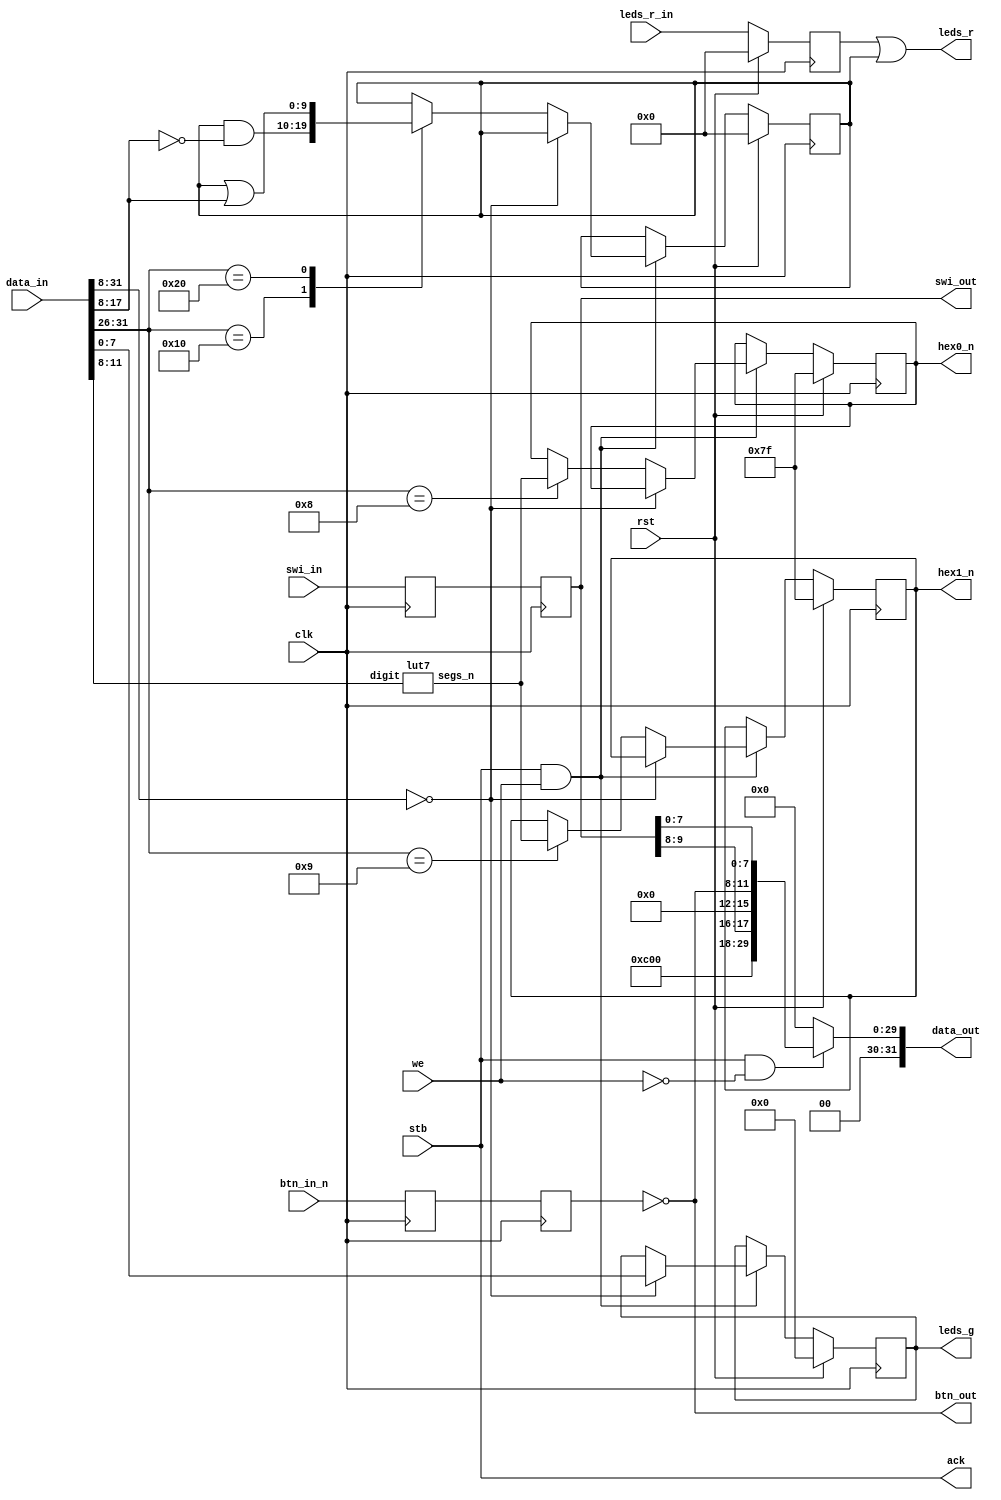
/**
  LSB: LEDs, Switches, Buttons
  Generously, we subsume the 7-segment displays under LEDs. :)
  --
  Architecture: ANY
  Board: CV-SK
  --
  * Red LEDs can also be operated by direct hardware input signals.
  * From software, red LEDs use "toggle" mechanism for on/off
  * 7-segment displays (2 + 2, from left to right)
  --
  data_in [31:0]:
    [7:0]: green LEDs
    [17:8]: red LEDs, or 7-segment display value
    [29:26]: 7-segment display selector (data as data_in[11:8])
    [31:30]: red LEDs toggle (data as data_in[17:8])
  --
  (c) 2023 Gray, gray@grayraven.org
  https://oberon-rts.org/licences
**/

`timescale 1ns / 1ps
`default_nettype none

module lsb_s #(parameter board = 4'd3) ( // board identifier
  // internal interface
  input clk,
  input rst,
  input stb,
  input we,
  input [31:0] data_in,
  input [9:0] leds_r_in,   // can only be clock-synchronised source
  output [31:0] data_out,
  output ack,
  // external interface,
  input [3:0] btn_in_n,
  input [9:0] swi_in,
  output [9:0] leds_r,
  output reg [7:0] leds_g,
  output reg [6:0] hex1_n,
  output reg [6:0] hex0_n,
  output [3:0] btn_out,
  output [9:0] swi_out
);

  wire wr_data = stb & we;
  wire rd_data = stb & ~we;

  // control data in data_in
  // for red LEDs and 7-segments
  wire [5:0] ctrl = data_in[31:26];

  // 7-segment encoder out
  wire [6:0] segs_n;

  // clock synchronisers
  reg [3:0] btn_0_n;
  reg [3:0] btn_1_n;
  reg [9:0] swi_0;
  reg [9:0] swi_1;

  // red LEDs controls
  // OR-ed, see below
  reg [9:0] leds_r_s;  // direct hw signal
  reg [9:0] leds_r_d;  // via data

  // 7-segment LUT
  lut7 lut7_0 (
    .digit(data_in[11:8]),
    .segs_n(segs_n[6:0])
  );

  always @(posedge clk) begin
    if (rst) begin
      leds_r_s[9:0] <= 10'h0;
      leds_r_d[9:0] <= 10'h0;
      leds_g[7:0] <= 8'h0;
      hex1_n[6:0] <= ~7'h0;
      hex0_n[6:0] <= ~7'h0;
    end
    else begin
      leds_r_s[9:0] <= leds_r_in[9:0];
      if (wr_data) begin
        if (data_in[31:8] == 24'b0) begin
          leds_g[7:0] <= data_in[7:0];
        end
        else begin
          case (ctrl[5:0])
            6'b010000: leds_r_d[9:0] <= leds_r_d[9:0] & ~data_in[17:8];   // off
            6'b100000: leds_r_d[9:0] <= leds_r_d[9:0] | data_in[17:8];    // on
            6'b001000: hex0_n[6:0] <= segs_n[6:0];
            6'b001001: hex1_n[6:0] <= segs_n[6:0];
          endcase
        end
      end
    end
  end

  // sync buttons and switches
  always @(posedge clk) begin
    btn_0_n[3:0] <= btn_in_n[3:0];
    btn_1_n[3:0] <= btn_0_n[3:0];
    swi_0[9:0] <= swi_in[9:0];
    swi_1[9:0] <= swi_0[9:0];
  end

  // output assignments
  assign btn_out[3:0] = ~btn_1_n[3:0];
  assign swi_out[9:0] = swi_1[9:0];

  assign leds_r[9:0] = leds_r_s[9:0] | leds_r_d[9:0];

  assign data_out[31:0] =
    rd_data ? {board[3:0], 10'b0, swi_out[9:8], 4'b0, btn_out[3:0], swi_out[7:0]} :
    32'b0;

  assign ack = stb;

endmodule

module lut7 (
  input wire [3:0] digit,
  output reg [6:0] segs_n
);

  always @(*) begin
    case (digit)
      4'd0: segs_n[6:0] = ~7'b0111111;
      4'd1: segs_n[6:0] = ~7'b0000110;
      4'd2: segs_n[6:0] = ~7'b1011011;
      4'd3: segs_n[6:0] = ~7'b1001111;
      4'd4: segs_n[6:0] = ~7'b1100110;
      4'd5: segs_n[6:0] = ~7'b1101101;
      4'd6: segs_n[6:0] = ~7'b1111101;
      4'd7: segs_n[6:0] = ~7'b0000111;
      4'd8: segs_n[6:0] = ~7'b1111111;
      4'd9: segs_n[6:0] = ~7'b1101111;
      4'd10: segs_n[6:0] = ~7'b1110111;  // A
      4'd11: segs_n[6:0] = ~7'b1111100;  // b
      4'd12: segs_n[6:0] = ~7'b0111001;  // C
      4'd13: segs_n[6:0] = ~7'b1011110;  // d
      4'd14: segs_n[6:0] = ~7'b1111001;  // E
      4'd15: segs_n[6:0] = ~7'b1110001;  // F
      default: segs_n[6:0] = ~7'b0000000;
    endcase
end

endmodule

`resetall